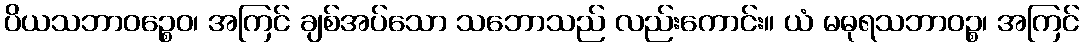
ပိယသဘာဝဉ္စေဝ၊ အကြင် ချစ်အပ်သော သဘောသည် လည်းကောင်း။ ယံ မဓုရသဘာဝဉ္စ၊ အကြင်